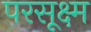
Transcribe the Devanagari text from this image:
परसूक्ष्म